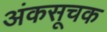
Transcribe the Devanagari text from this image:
अंकसूचक